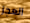
العجز